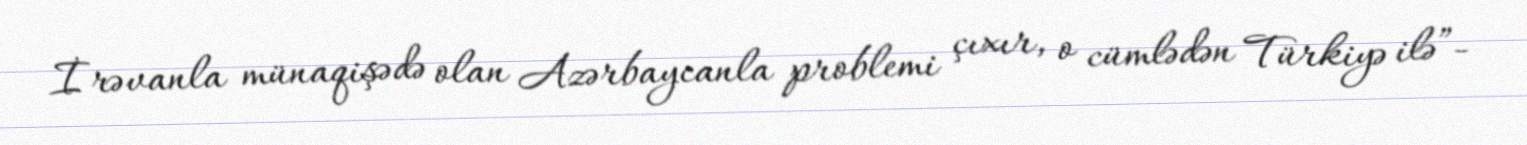
İrəvanla münaqişədə olan Azərbaycanla problemi çıxır, o cümlədən Türkiyə ilə”-